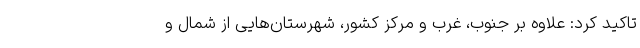
تاکید کرد: علاوه بر جنوب، غرب و مرکز کشور، شهرستان‌هایی از شمال و